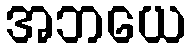
အဘယေ